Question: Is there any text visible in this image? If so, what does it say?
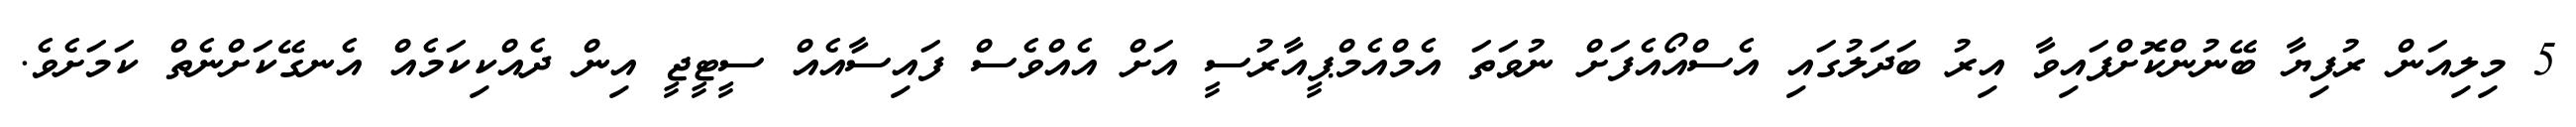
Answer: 5 މިލިއަން ރުފިޔާ ބޭނުންކޮށްފައިވާ އިރު ބަދަލުގައި އެސްއޯއެފަށް ނުވަތަ އެމްއެމްޕީއާރުސީ އަށް އެއްވެސް ފައިސާއެއް ސީޓީޖީ އިން ދެއްކިކަމެއް އެނގޭކަށްނެތް ކަމަށެވެ.